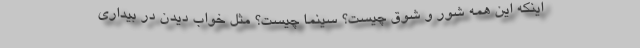
اینکه این همه شور و شوق چیست؟ سینما چیست؟ مثل خواب دیدن در بیداری